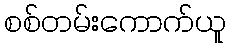
စစ်တမ်းကောက်ယူ